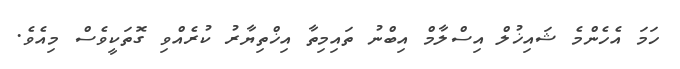
ހަމަ އެހެންމެ ޝައިޚުލް އިސްލާމް އިބްނު ތައިމިތާ އިޚްތިޔާރު ކުރެއްވި ގޮތަކީވެސް މިއެވެ.